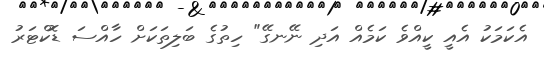
އެކަމަކު އެއީ ކީއްވެ ކަމެއް އަދި ނޭނގޭ" ހިތުގެ ބަލިތަކަށް ހާއްސަ ޑޮކްޓަރު